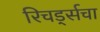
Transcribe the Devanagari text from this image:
रिचर्ड्सचा